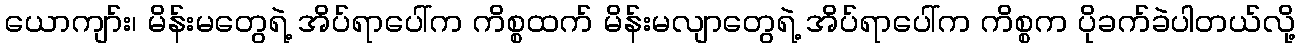
ယောကျာ်း၊ မိန်းမတွေရဲ့ အိပ်ရာပေါ်က ကိစ္စထက် မိန်းမလျာတွေရဲ့ အိပ်ရာပေါ်က ကိစ္စက ပိုခက်ခဲပါတယ်လို့